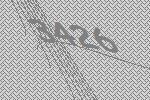
3426